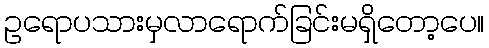
ဥရောပသားမှလာရောက်ခြင်းမရှိတော့ပေ။